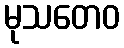
မုသတေဝ